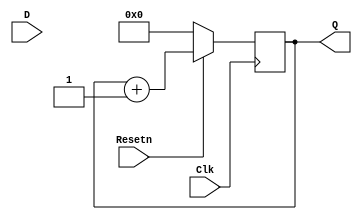
module upcount12(D,Clk,Resetn,Q);
//5.20
//5.20 Write Verilog code that represents a modulo-12 up-counter with synchronous reset.
input D,Clk,Resetn;
output reg [11:0]Q;

always @(posedge Clk)
begin
	if (!Resetn) begin
		Q<= 0;
	end else begin 
		Q <= Q + 1;
	end
end

endmodule